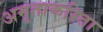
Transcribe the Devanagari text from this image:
अमृताकरिता